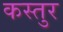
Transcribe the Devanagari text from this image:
कस्तुर